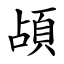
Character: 頕